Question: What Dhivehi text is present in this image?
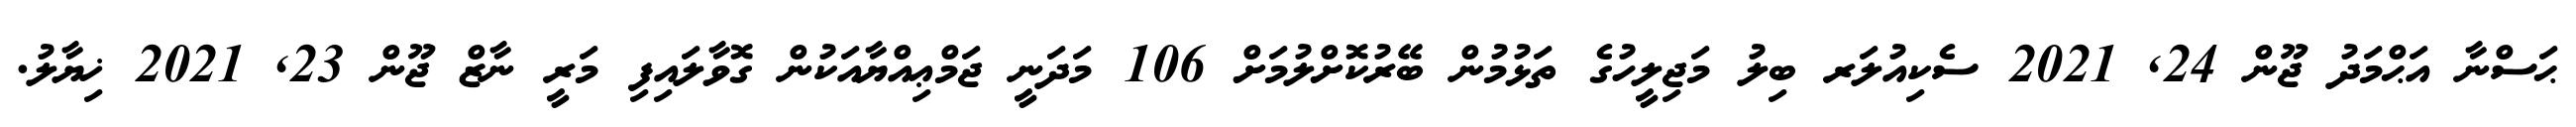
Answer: ޙަސްނާ އަޙްމަދު ޖޫން 24, 2021 ސެކިއުލަރ ބިލު މަޖިލީހުގެ ތަޅުމުން ބޭރުކޮށްލުމަށް 106 މަދަނީ ޖަމްޢިއްޔާއަކުން ގޮވާލައިފި މަރީ ނާޒް ޖޫން 23, 2021 ޚިޔާލު.